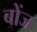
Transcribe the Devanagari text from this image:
बोंज